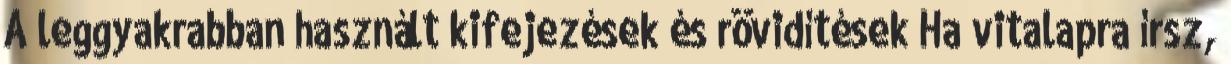
A leggyakrabban használt kifejezések és rövidítések Ha vitalapra írsz,